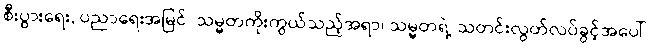
စီးပွားရေး, ပညာရေးအမြင်၊ သမ္မတကိုးကွယ်သည့်အရာ၊ သမ္မတရဲ့ သတင်းလွတ်လပ်ခွင့်အပေါ်